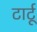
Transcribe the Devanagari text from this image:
टार्टू